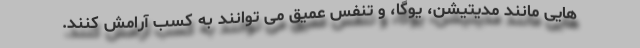
هایی مانند مدیتیشن، یوگا، و تنفس عمیق می توانند به کسب آرامش کنند.